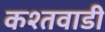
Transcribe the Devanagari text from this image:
कश्तवाडी